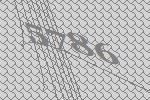
5786